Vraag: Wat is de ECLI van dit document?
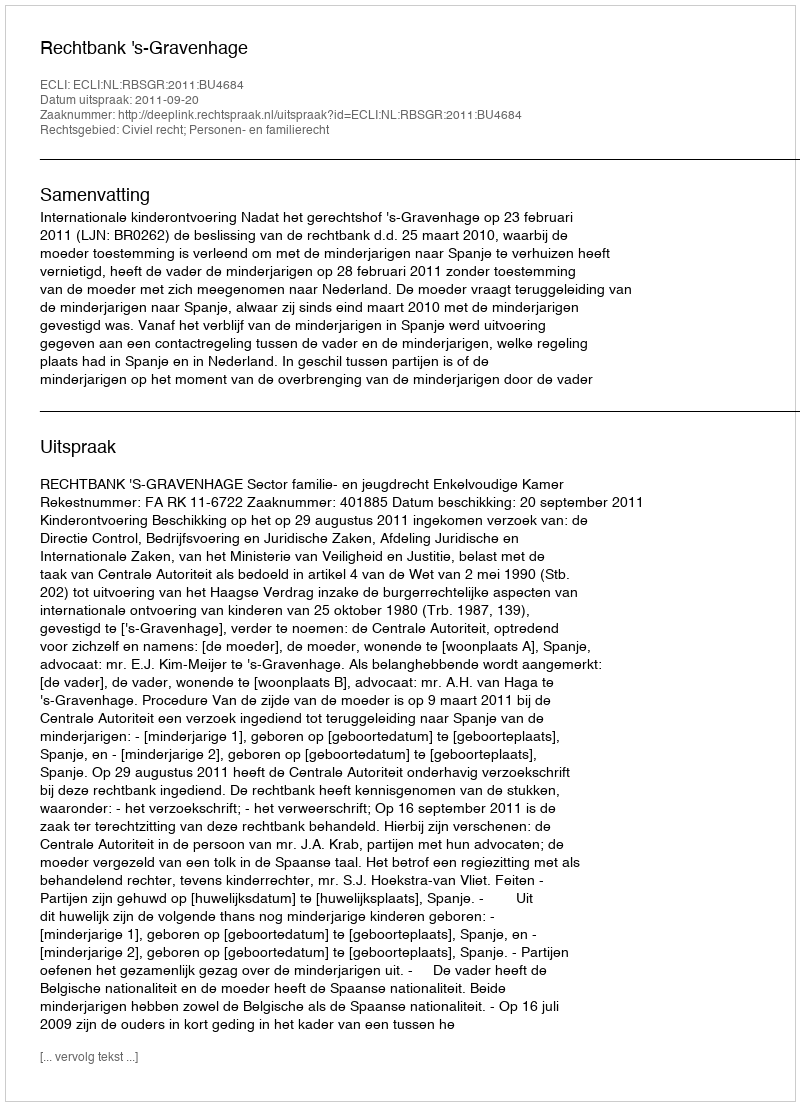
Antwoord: ECLI:NL:RBSGR:2011:BU4684